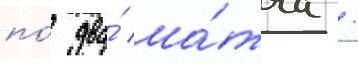
по́ два́ ма́тча /